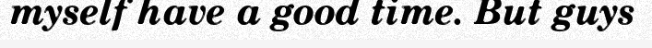
myself have a good time. But guys